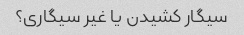
سیگار کشیدن یا غیر سیگاری؟